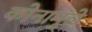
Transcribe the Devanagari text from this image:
कोनामुळे